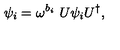
\psi _ { i } = \omega ^ { b _ { i } } \ U \psi _ { i } U ^ { \dagger } ,